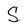
Character: S